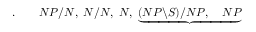
. \qquad N P / N , \; N / N , \; N , \; \underbrace { ( N P \backslash S ) / N P , \quad N P }